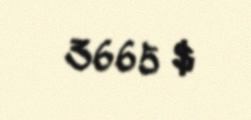
3665 $